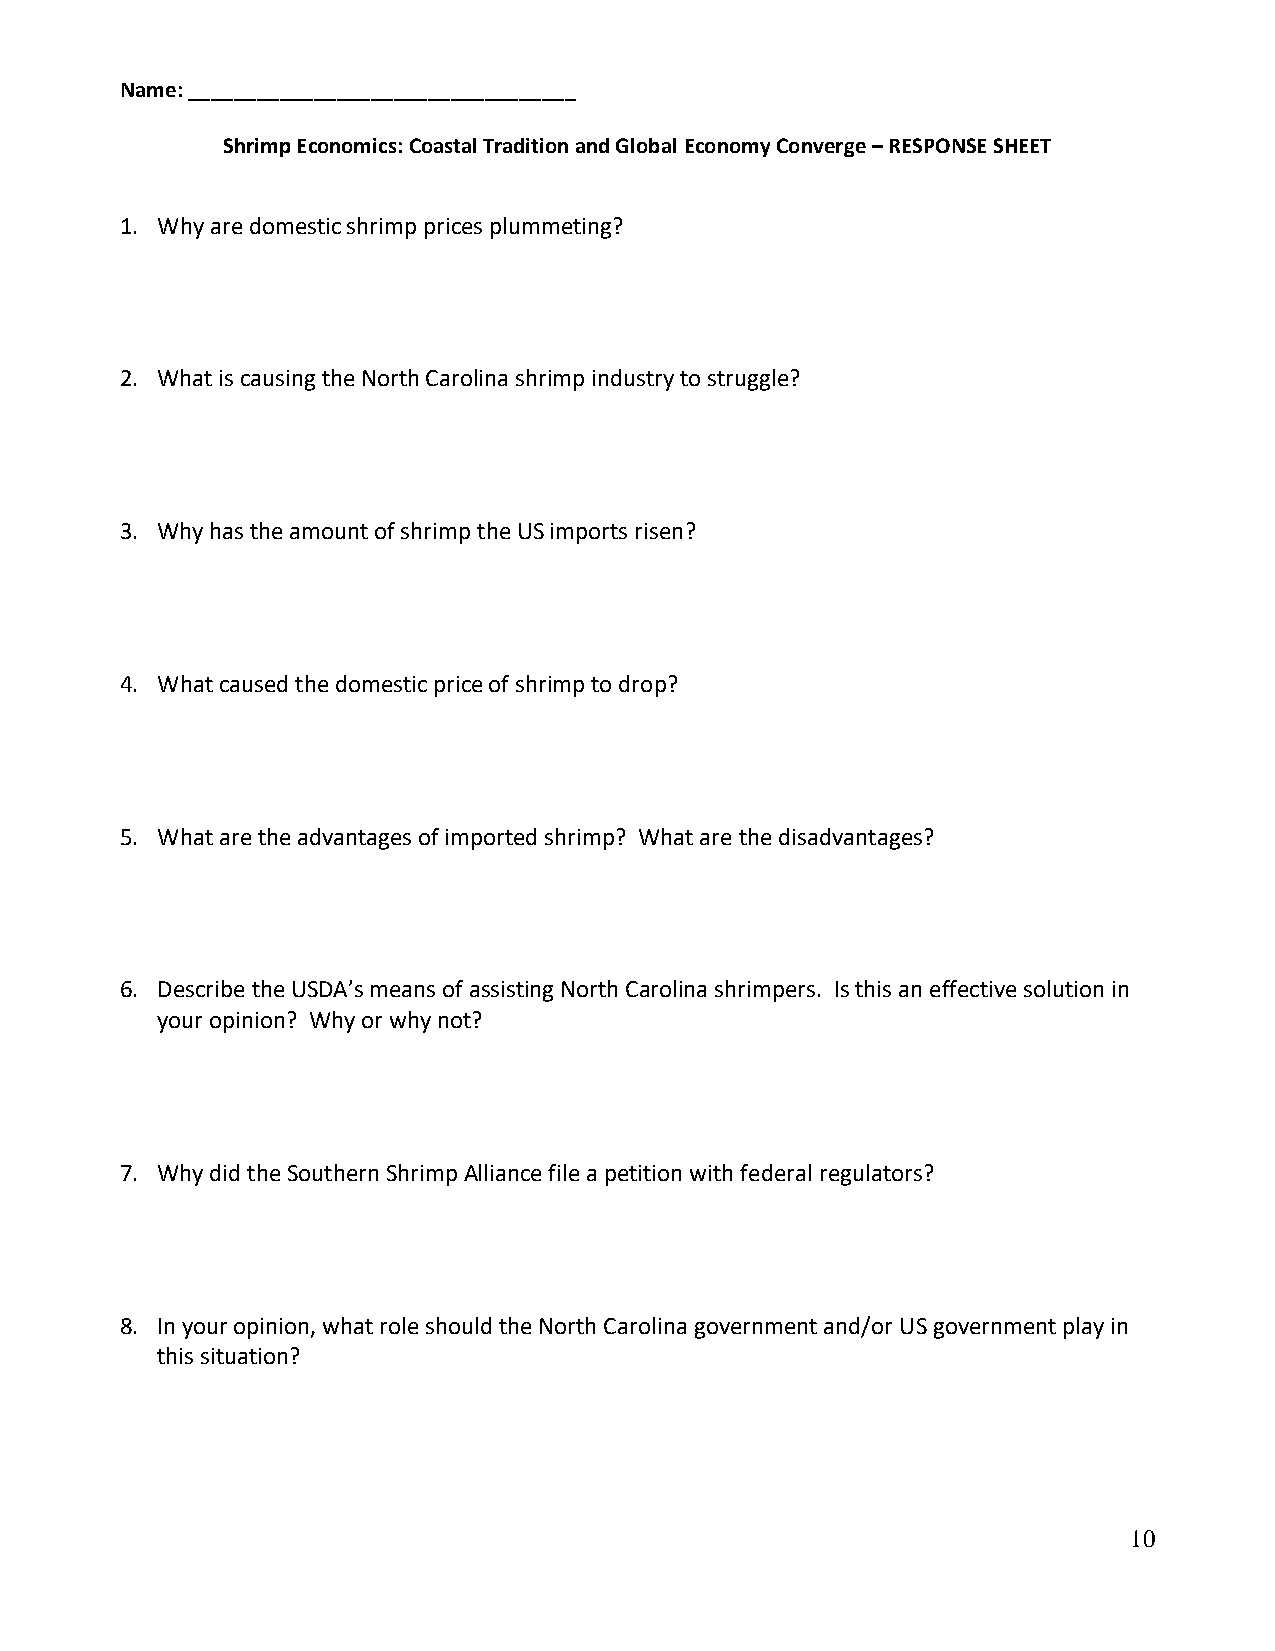
Name: __________________________________
 Shrimp Economics: Coastal Tradition and Global Economy Converge – RESPONSE SHEET
 1. Why are domestic shrimp prices plummeting?
 2. What is causing the North Carolina shrimp industry to struggle?
 3. Why has the amount of shrimp the US imports risen?
 4. What caused the domestic price of shrimp to drop?
 5. What are the advantages of imported shrimp? What are the disadvantages?
 6. Describe the USDA’s means of assisting North Carolina shrimpers. Is this an effective solution in
 your opinion? Why or why not?
 7. Why did the Southern Shrimp Alliance file a petition with federal regulators?
 8. In your opinion, what role should the North Carolina government and/or US government play in
 this situation?
 10